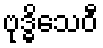
ဗုဒ္ဓိသေဝီ